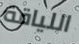
اللياقة